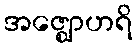
အဇ္ဈောဟရိ